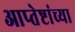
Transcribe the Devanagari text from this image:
आप्‍तेष्टांच्या